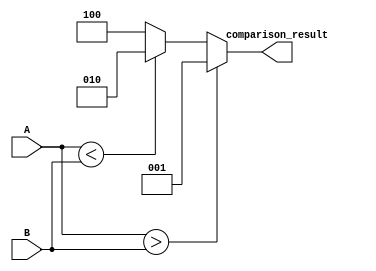
module unsigned_comparator(
    input [31:0] A,
    input [31:0] B,
    output [2:0] comparison_result
);

    assign comparison_result = (A > B) ? 3'b001 : (A < B) ? 3'b010 : 3'b100;

endmodule